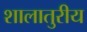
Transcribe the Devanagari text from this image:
शालातुरीय